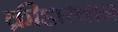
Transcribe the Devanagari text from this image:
क्रीडास्थान